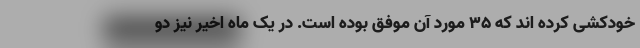
خودکشی کرده اند که 35 مورد آن موفق بوده است. در یک ماه اخیر نیز دو